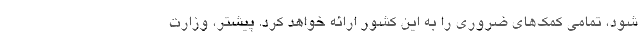
شود، تمامی کمک‌های ضروری را به این کشور ارائه خواهد کرد. پیشتر، وزارت